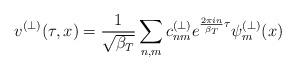
LaTeX: \begin{align*}v^{(\perp)}(\tau,x) = \frac{1}{\sqrt{\beta_T}}\sum_{n,m} c_{nm}^{(\perp)}e^{\frac{2\pi in}{\beta_T}\tau}\psi_m^{(\perp)}(x)\end{align*}